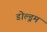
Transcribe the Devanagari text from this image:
डोल्ड्रम